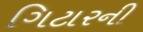
ગિટારની